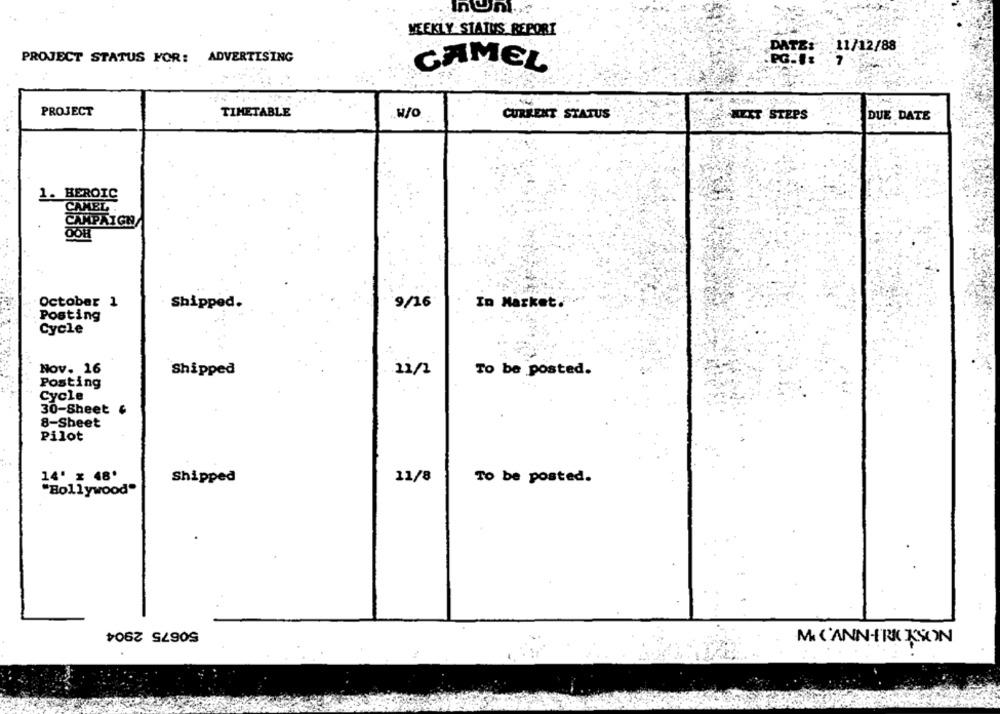
In
WEEKLY STATUS REPORT
DATE: 11/12/88
PROJECT STATUS FOR: ADVERTISING
GAMEL
PROJECT
TIMETABLE
CURRENT STATUS
NEXT STEPS
DUE DATE
1. HEROIC
CAMEL
CAMPAIGN
OOH
October 1
Shipped.
9/16
In Market.
Posting
Cycle
Nov. 16
Shipped
21/2
To be posted.
Posting
Cycle
30-Sheet &
8-Sheet
Pilot
14' x 48'
Shipped
11/8
To be posted.
"Bollywood"
50675 2904
MI C'ANN-FRE KSON